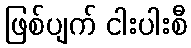
ဖြစ်ပျက် ငါးပါးစီ